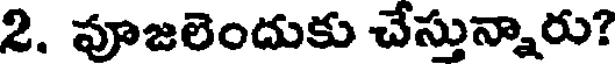
2. వూజలెందుకు చేస్తున్నారు?